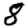
Digit: 8